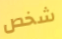
شخص